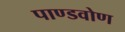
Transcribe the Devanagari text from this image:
पाण्डवोण